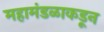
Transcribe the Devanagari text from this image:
महामंडळाकडून